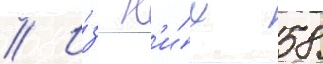
// И́з н'и́х 58